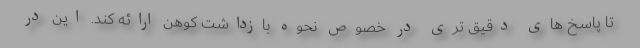
تا پاسخ‌ های دقیق‌ تری در خصوص نحوه بازداشت کوهن ارائه کند. این در